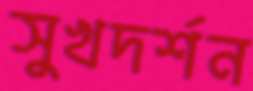
সুখদর্শন